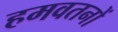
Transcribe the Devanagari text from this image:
हमवतनों